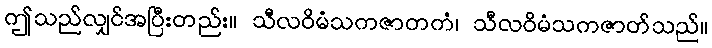
ဤသည်လျှင်အပြီးတည်း။ သီလဝိမံသကဇာတကံ၊ သီလဝိမံသကဇာတ်သည်။